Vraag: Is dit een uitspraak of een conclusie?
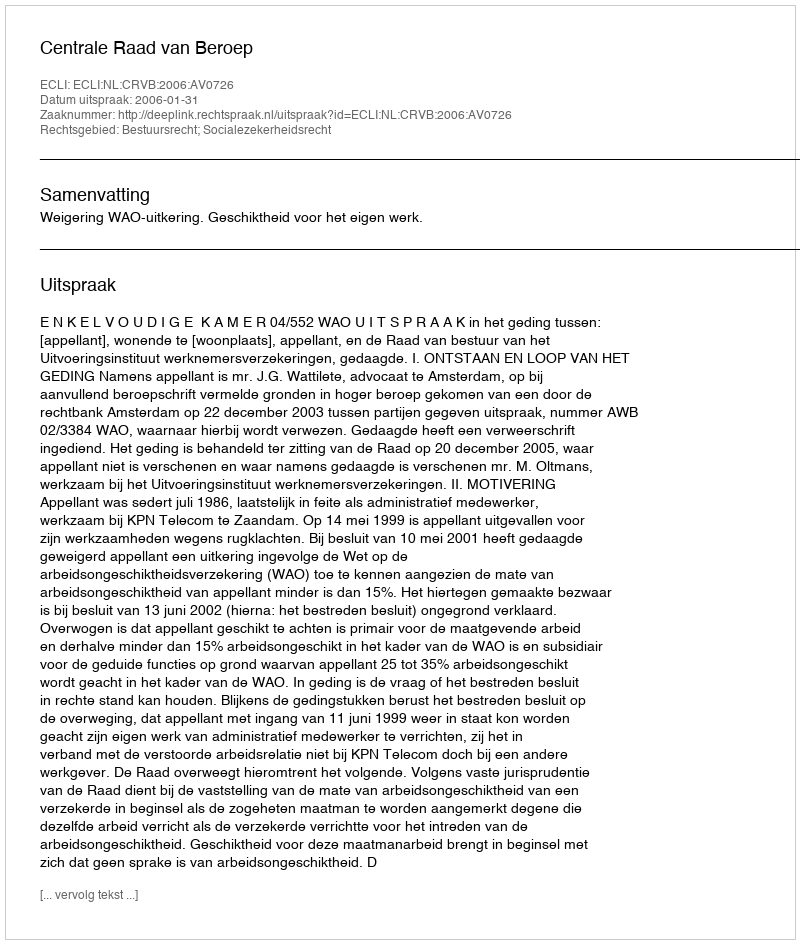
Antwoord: Uitspraak